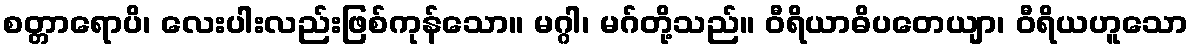
စတ္တာရောပိ၊ လေးပါးလည်းဖြစ်ကုန်သော။ မဂ္ဂါ၊ မဂ်တို့သည်။ ဝီရိယာဓိပတေယျာ၊ ဝီရိယဟူသော